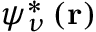
\psi _ { \nu } ^ { * } \left( \mathbf { r } \right)